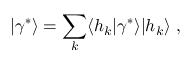
| \gamma ^ { \ast } \rangle = \sum _ { k } \langle h _ { k } | \gamma ^ { \ast } \rangle | h _ { k } \rangle \ ,